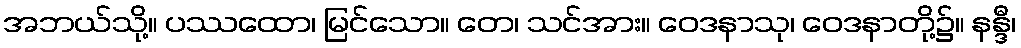
အဘယ်သို့။ ပဿထော၊ မြင်သော။ တေ၊ သင်အား။ ဝေဒနာသု၊ ဝေဒနာတို့၌။ နန္ဒီ၊